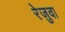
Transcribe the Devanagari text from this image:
रेजुवा